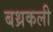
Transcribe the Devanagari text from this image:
बथ्रकली